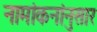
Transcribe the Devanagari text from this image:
नामांकनांनुसार